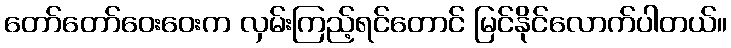
တော်တော်ဝေးဝေးက လှမ်းကြည့်ရင်တောင် မြင်နိုင်လောက်ပါတယ်။